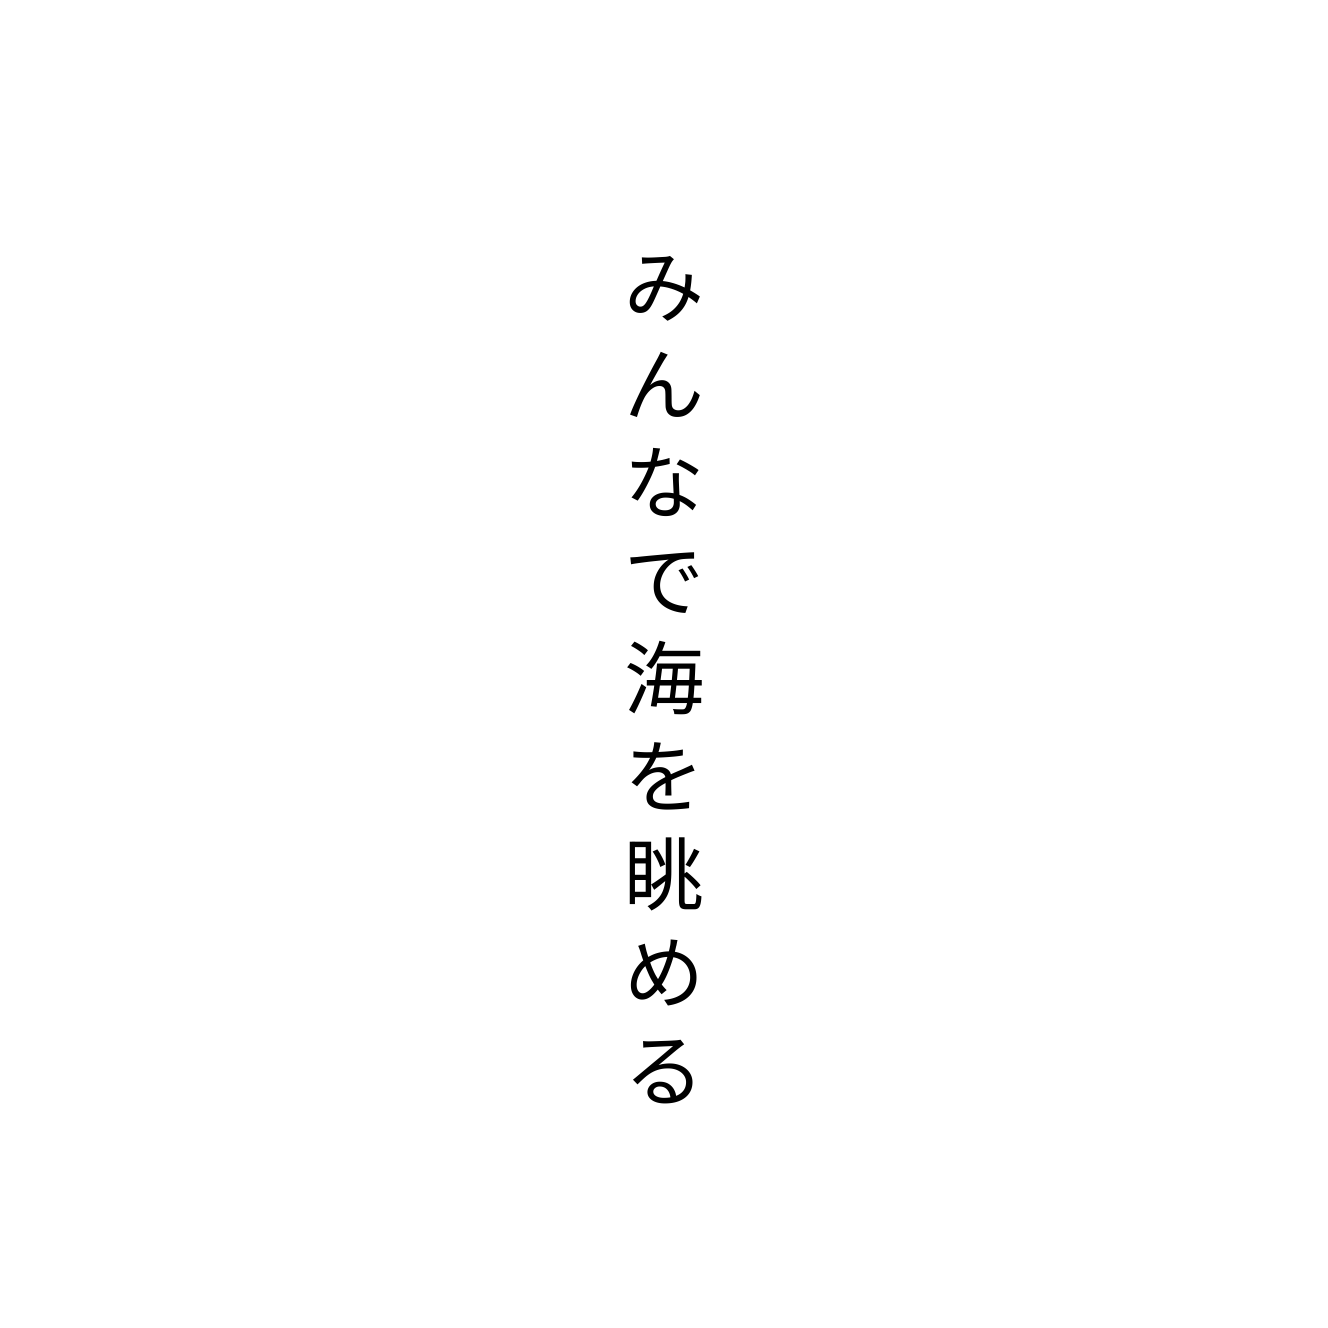
みんなで海を眺める